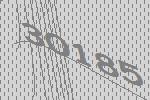
30185